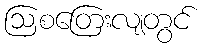
ဩစတြေးလျတွင်